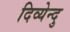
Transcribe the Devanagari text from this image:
दिव्येन्दु